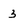
Character: 3